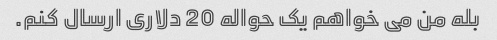
بله من می خواهم یک حواله 20 دلاری ارسال کنم.